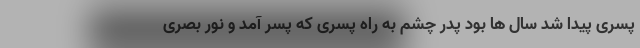
پسرى پیدا شد سال ها بود پدر چشم به راه پسرى که پسر آمد و نور بصرى